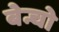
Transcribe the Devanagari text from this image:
बेन्चो